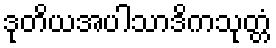
ဒုတိယအပါသာဒိကသုတ္တံ